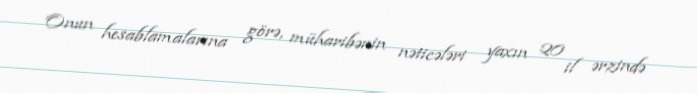
Onun hesablamalarına görə, müharibənin nəticələri yaxın 20 il ərzində